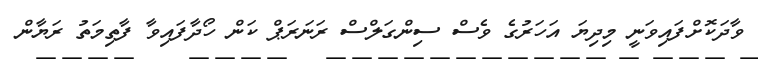
ވާދަކޮށްފައިވަނީ މިދިޔަ އަހަރުގެ ވެސް ސިންގަލްސް ރަނަރަޕް ކަން ހޯދާފައިވާ ފާތިމަތު ރަޔާން